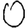
Digit: 0